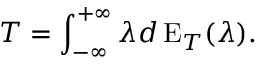
T = \int _ { - \infty } ^ { + \infty } \lambda d \operatorname { E } _ { T } ( \lambda ) .